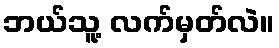
ဘယ်သူ့ လက်မှတ်လဲ။